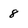
Character: 8